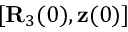
[ { \bf R } _ { 3 } ( 0 ) , { \bf z } ( 0 ) ]